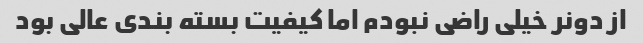
از دونر خیلی راضی نبودم اما کیفیت بسته بندی عالی بود